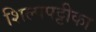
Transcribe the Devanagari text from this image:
शिल्पपट्टीका